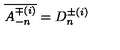
\overline { { A _ { - n } ^ { \mp ( i ) } } } = D _ { n } ^ { \pm ( i ) }